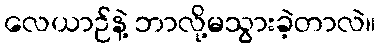
လေယာဉ်နဲ့ ဘာလို့မသွားခဲ့တာလဲ။